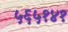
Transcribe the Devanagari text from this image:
५६५१४१